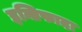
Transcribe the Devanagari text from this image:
इन्तिफादा